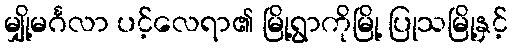
မျှို့မင်္ဂလာ ပင့်လေရာ၏ မြို့ရွာကိုမြို့ ပြုသမြို့နှင့်